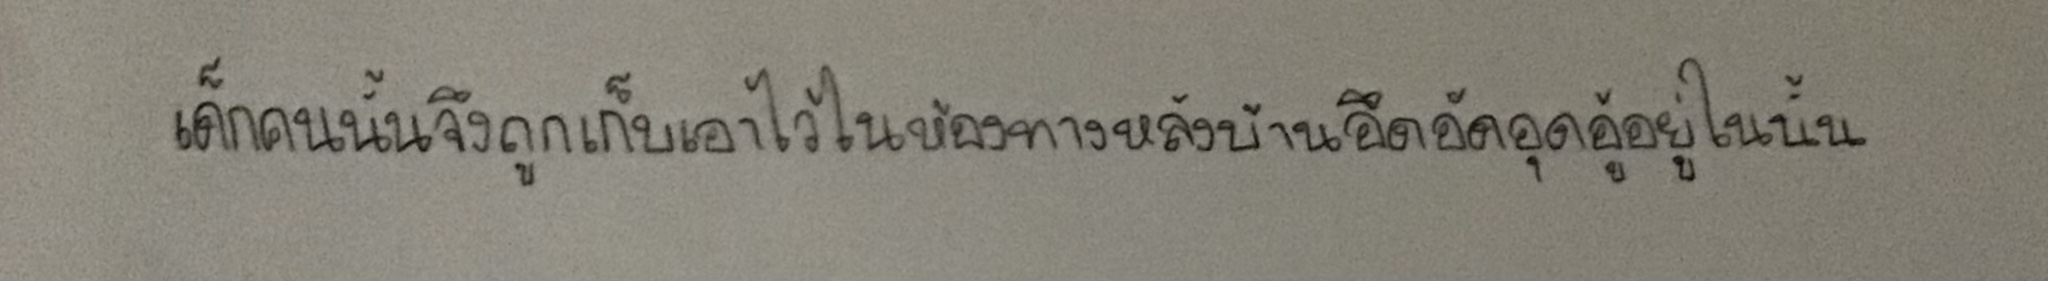
เด็กคนนั้นจึงถูกเก็บเอาไว้ในห้องทางหลังบ้านอึดอัดอุดอู้อยู่ในนั้น